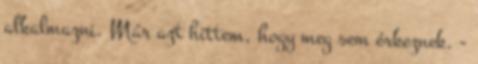
alkalmazni. Már azt hittem, hogy meg sem érkeznek. -